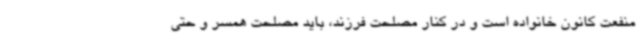
منفعت کانون خانواده است و در کنار مصلحت فرزند، باید مصلحت همسر و حتی